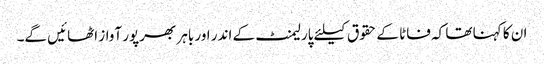
ان کا کہنا تھا کہ فاٹا کے حقوق کیلئے پارلیمنٹ کے اندر اور باہر بھرپور آواز اٹھائیں گے۔